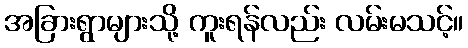
အခြားရွာများသို့ ကူးရန်လည်း လမ်းမသင့်။